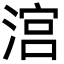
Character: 㴦